system: You are a helpful assistant.
user:
Analyze the provided spectrum to determine if it is a **White Dwarf (WD)**.

A White Dwarf spectrum is defined by its **extreme purity** (due to gravitational settling) and/or **extreme pressure broadening** (due to high surface gravity). You must check for one of the following mutually exclusive signatures:

- **Key Visual Indicators (Check for ONE of these types):**

    - **1. DA-Type Signature (Most Common):**
        - **(Primary Feature):** Extreme pressure broadening (Stark broadening) of the **Hydrogen (H) Balmer lines**.
        - **(Key Lines):** $H\beta$ (approx. $4861$ Å) and $H\gamma$ (approx. $4340$ Å). $H\alpha$ (approx. $6563$ Å) will also be present if the wavelength range covers it.
        - **(Line Profile):** This is the **defining feature**. The lines are **NOT** sharp. They appear as massive, **extremely broad and deep "troughs" or "dips"** in the spectrum, often hundreds of Ångströms wide. The continuum will appear to "scoop" down at these wavelengths.
        - **(Distinction):** Normal A-type or B-type stars have *narrow* and *sharp* Hydrogen lines. A DA White Dwarf's lines are unmistakably "smeared" or "blurry" from pressure.

    - **2. DB-Type Signature:**
        - **(Primary Feature):** Broad absorption lines from **Neutral Helium (He I)**. The spectrum must lack any visible Hydrogen lines.
        - **(Key Lines):** Look for broad absorption near $4471$ Å, $4921$ Å, and $5876$ Å.
        - **(Line Profile):** These lines are also significantly pressure-broadened, appearing much wider than they would in a normal B-type main-sequence star.

    - **3. DC-Type Signature:**
        - **(Primary Feature):** A **featureless continuous spectrum**.
        - **(Line Profile):** The spectrum is a smooth curve with **no significant absorption or emission lines**.
        - **(Key Confirmation):** The continuum is almost always **blue or white**, indicating a hot object. This signature implies the atmosphere is so pure (or so cool) that no spectral lines are visible in the optical range. Its WD identity is confirmed by its extremely low intrinsic brightness (high absolute magnitude).

    - **4. DZ-Type Signature (Metal-Polluted):**
        - **(Primary Feature):** **Isolated, narrow metal absorption lines** on an otherwise featureless (DC-like) continuum.
        - **(Key Lines):** The **Calcium (Ca II) H & K doublet** (approx. **$3934$ Å** and **$3968$ Å**) is the most common and defining feature.
        - **(Line Profile):** These lines are "out of place." They are *not* part of a "forest" of thousands of lines. This signature is evidence of recent *accretion* (pollution) from rocky debris.
        - **(Distinction):** Normal G/K/M stars have a *dense forest* of thousands of metal lines. A DZ has a *clean* continuum with *only a few* strong metal lines.

    - **5. DQ-Type Signature (Carbon-Polluted):**
        - **(Primary Feature):** Absorption bands from **Carbon (C₂ "Swan Bands" or atomic C I)**.
        - **(Key Lines - C₂):** Look for bandheads with a "saw-tooth" shape near $5635$ Å, **$5165$ Å** (strongest), and $4737$ Å.
        - **(Key Confirmation):** The underlying **continuum must be blue or white** (hot).
        - **(Distinction):** This is the critical difference from a **Carbon Star**, which has the *exact same* C₂ bands but on an extremely **red, cool** continuum.

- **(Overall Spectrum):**
    - The continuum (overall shape) is typically **blue-sloping** (brighter in the blue than the red), as most white dwarfs are very hot.
    - The spectrum will look "pure" or "simple," dominated by only *one* of the five signatures listed above.

Think first, call **spectral_visualization_tool** if needed to examine features in detail, then provide your final answer. Your response must adhere to the following strict rules:
1.  **Overall Structure:** Your response must follow the format `<think>...</think> <tool_call>...</tool_call> (if a tool is used) <answer>...</answer>`.
2.  **Tool Usage Constraint:** You may only make **one** tool call per turn.
3.  **Final Answer Format:** In the `<answer>` tag, your conclusion must be inside a `\boxed{}` command (e.g., `\boxed{YES}` or `\boxed{NO}`), followed by your justification.

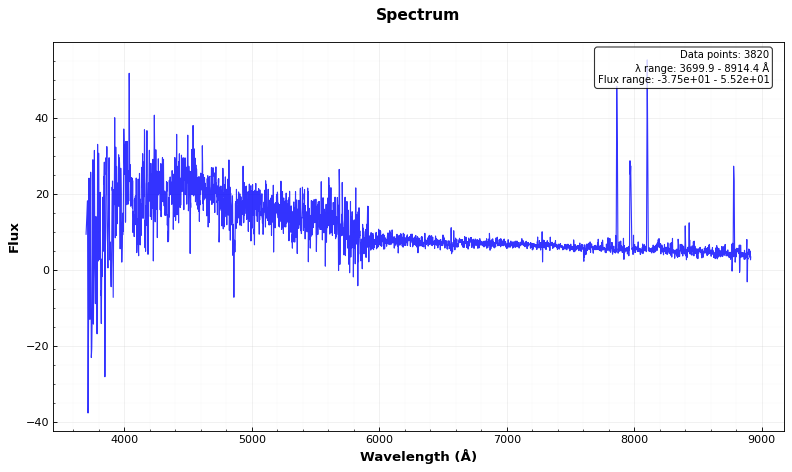
Answer: YES